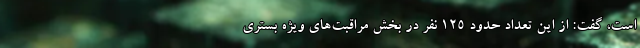
است، گفت: از این تعداد حدود ۱۲۵ نفر در بخش مراقبت‌های ویژه بستری